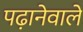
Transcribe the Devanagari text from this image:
पढ़ानेवाले